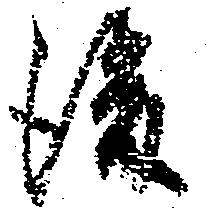
後